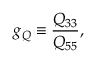
g _ { Q } \equiv \frac { Q _ { 3 3 } } { Q _ { 5 5 } } ,